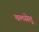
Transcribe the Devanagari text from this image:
चलसेतु